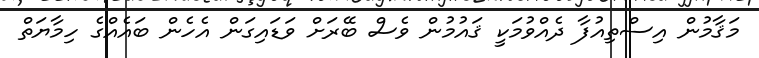
މަޤާމުން އިސްތިއުފާ ދެއްވުމަކީ ޤައުމުން ވެސް ބޭރަށް ވަޑައިގަން އެހެން ބައެއްގެ ހިމާޔަތް